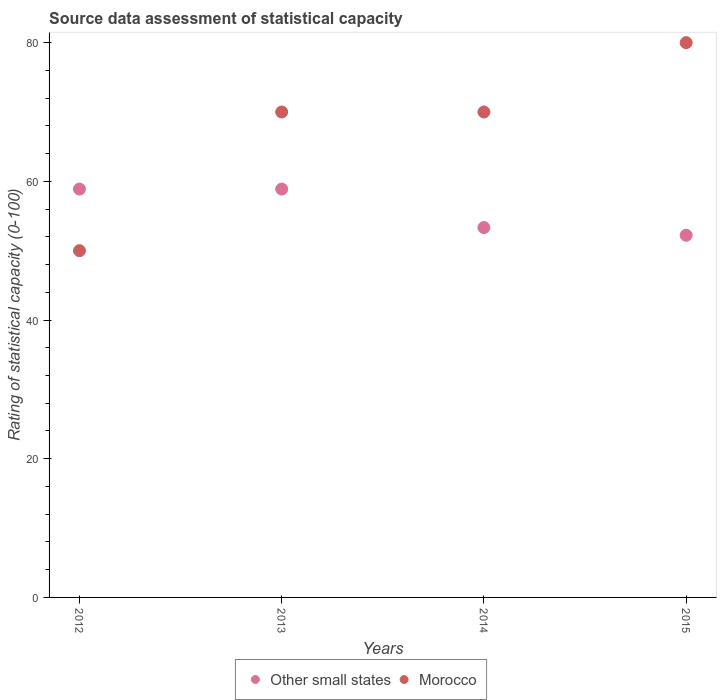
| Years | Other small states | Morocco |
 | --- | --- | --- |
 | 2012 | 58.9 | 50 |
 | 2013 | 58.9 | 70 |
 | 2014 | 53.3 | 70 |
 | 2015 | 52.2 | 80 |